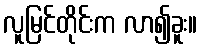
လူမြင်တိုင်းက လာ၍ခူး။